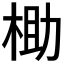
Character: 𬂶